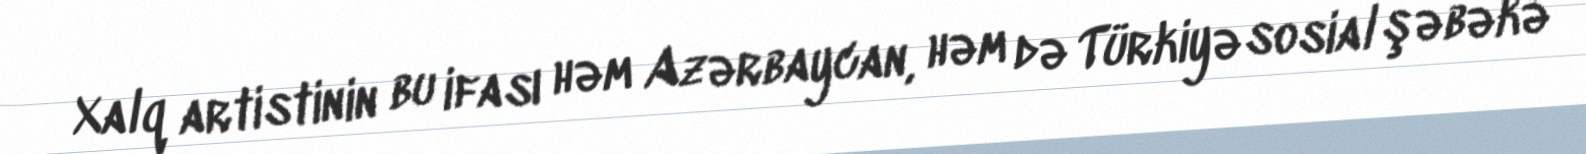
Xalq artistinin bu ifası həm Azərbaycan, həm də Türkiyə sosial şəbəkə